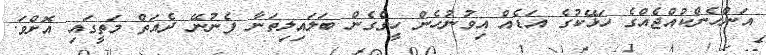
އަންހެންކުއްޖެއްގެ ހަޅޭކުގެ އަޑެއް އިވުނުހެން ހީވެގެން ބަލައިލިތަނާ ފެނުނޭ ދެއަތް މަތީގައި އޮށްވަ.